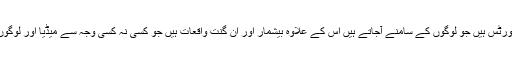
یہ ان واقعات کی رپورٹس ہیں جو لوگوں کے سامنے آجاتے ہیں اس کے علاوہ بیشمار اور ان گنت واقعات ہیں جو کسی نہ کسی وجہ سے میڈیا اور لوگوں تک نہیں پہنچتے ۔